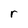
Character: r